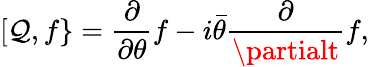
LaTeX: [\mathcal{Q},f\} ={\frac{{\partial}}{{\partial\theta}}}f-i{\bar{{\theta}}}{\frac{{\partial}}{{\partialt}}}f,